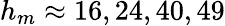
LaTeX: h_{m}\approx 16,24,40,49